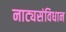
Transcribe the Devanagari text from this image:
नाट्यसंविधान